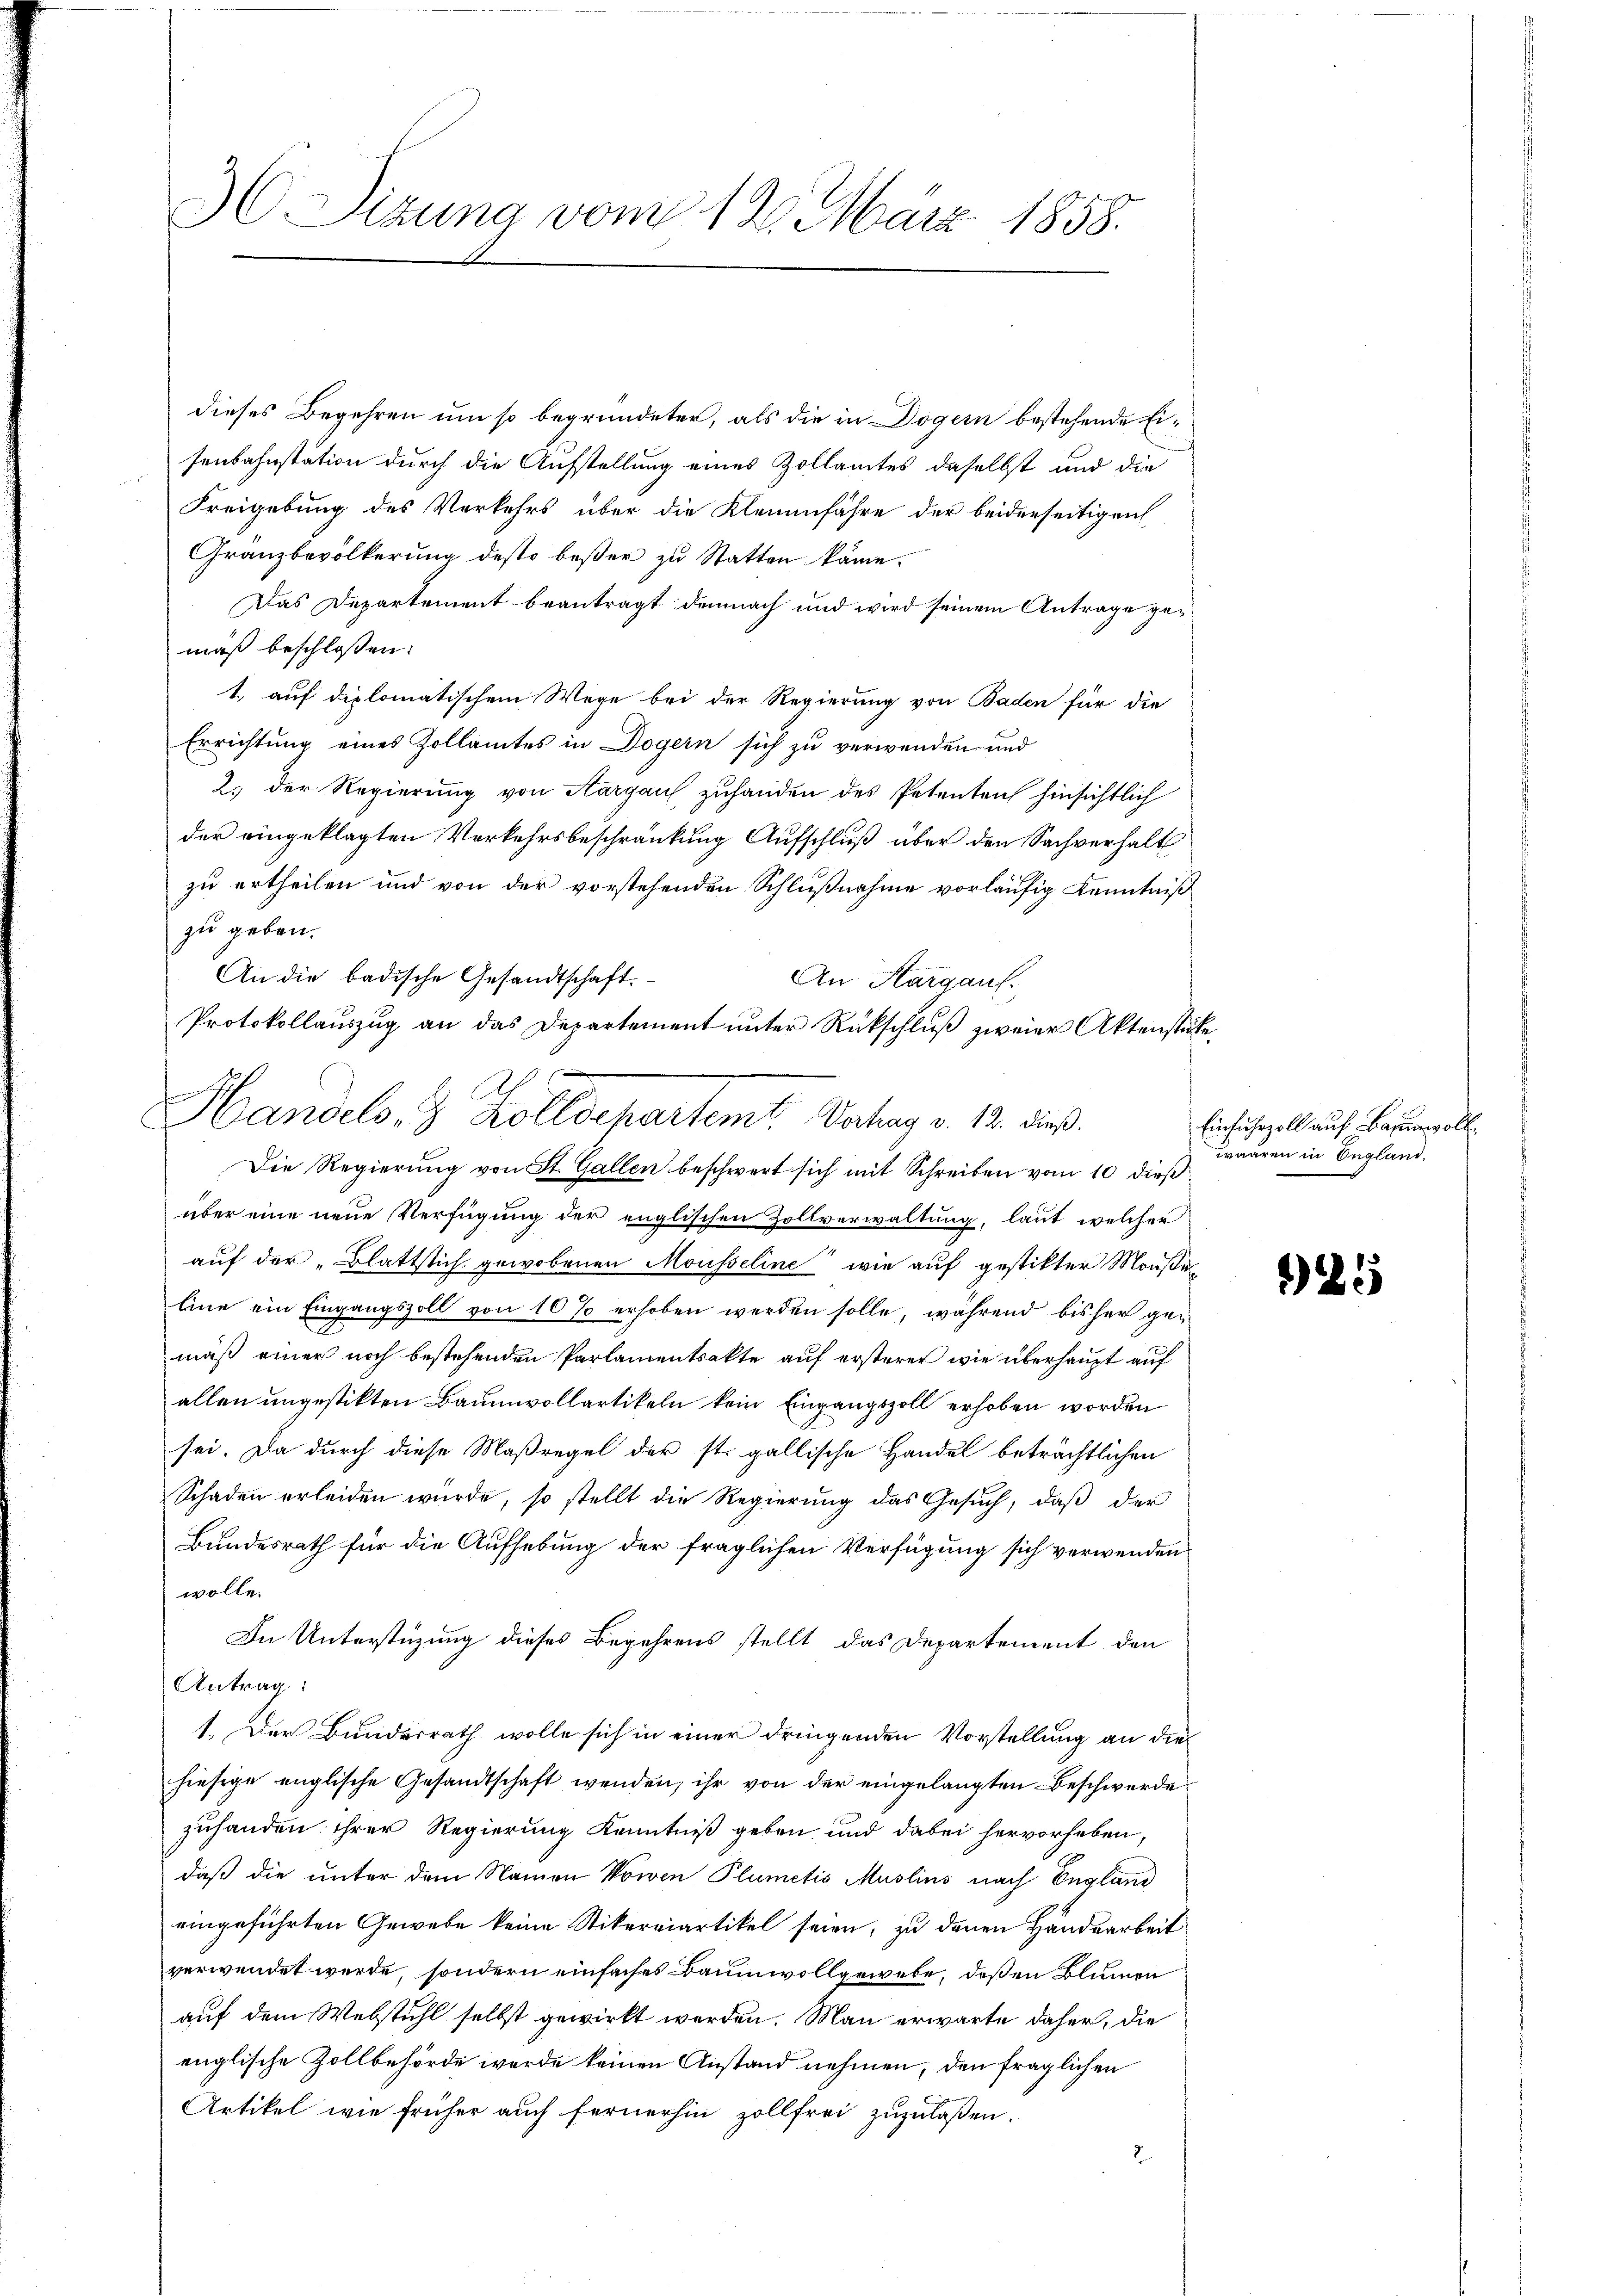
3 Sizung vom 12. März 1858.

dieses Begehren um so begründeter, als die in Dogern bestehende Eisenbahnstation durch die Aufstellung eines Zollamtes daselbst und die
Freigebung des Verkehrs über die Kleinenfahre der beiderseitigen
Gränzbevölkerung desto beßer zu Statten käme.
Das Departement beantragt demnach und wird seinem Antrage gemäß beschlossen:
1.) auf diplomatischem Wege bei der Regierung von Baden für die
Errichtung eines Zollamtes in Dogern sich zu verwenden und
2. der Regierung von Aargau zuhanden des Petenten hinsichtlich
der eingeklagten Verkehrsbeschränkung Aufschluß über den Sachverhalt
zu ertheilen und von der vorstehenden Schlußnahme vorläufig Kenntniß
zu geben.
An die badische Gesandtschaft.
An Kargau.
Protokollauszug an das Departement unter Rückschluß zweier Aktenstücke
Die Regierung von St. Gallen beschwert sich mit Schreiben vom 10 dieß
über eine neue Verfügung der englischen Zollverwaltung, laut welcher
auf der „Blattstich gewobenen Mousseline wie auf gestitter Maaße
Eine ein Eingangszoll von 10 % erhoben werden solle, während bisher gemäß einer noch bestehenden Parlamentrakte auf ersterer wie überhaupt auf
allen ungestikten Baumvollartikeln kein Eingangszoll erhoben worden
sei. Da durch diese Maßregel der st. gallische Handel beträchtlichen
Schaden erleiden wurde, so stellt die Regierung das Gesuch, daß der
Bundesrath für die Aufhebung der fraglichen Verfügung sich verwenden
wolle.
In Unterstüzung dieses Begehrens stellt das Departement den
Antrag:
1. Der Bunderrath wolle sich in einer dringenden Vorstellung an diehiesige englische Gesandtschaft wenden, ihr von der eingelangten Beschwerde
zuhanden ihrer Regierung Kenntniß geben und dabei hervorheben,
daß die unter dem Namen Nowen Plumetis Muslins nach England
eingeführten Gewebe keine Stikerviartikel seien, zu denen Handearbeit
verwendet werde, sondern einfaches Baumwollgewebe, deßen Blumen
auf dem Webstuhl selbst gewirkt werden. Man erwarte daher, die
englische Zollbehörde werde keinen Anstand nehmen, den fraglichen
Artikel wie früher auch fernerhin zollfrei zuzulaßen.

A
Handels- & Zolldepartemt. Vortrag v. 12. dieß.

Einfuhrzoll auf Baumwoll
waaren in England.

*) 25